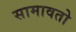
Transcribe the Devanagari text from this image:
सामावतो